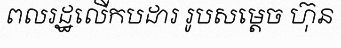
ពលរដ្ឋលើកបដារ រូបសម្តេច ហ៊ុន